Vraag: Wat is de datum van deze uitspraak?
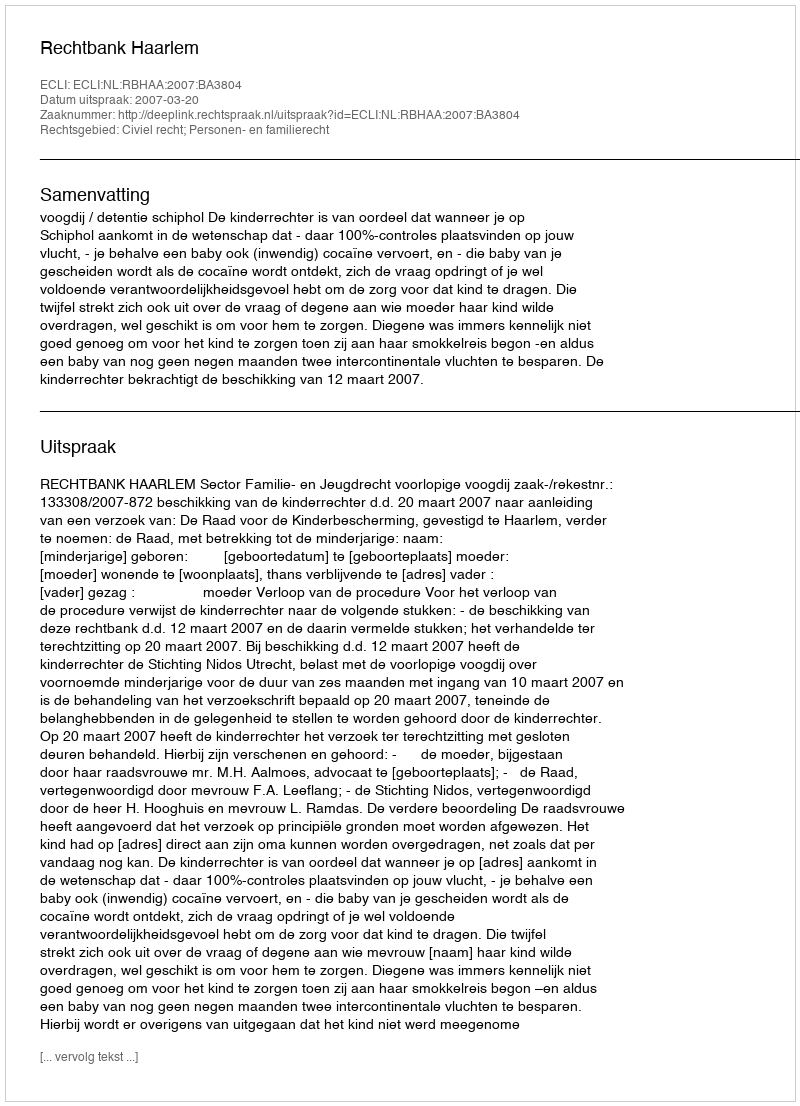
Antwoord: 2007-03-20